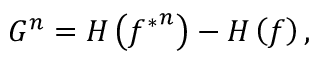
G ^ { n } = H \left( { f ^ { * } } ^ { n } \right) - H \left( f \right) ,